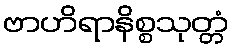
ဗာဟိရာနိစ္စသုတ္တံ